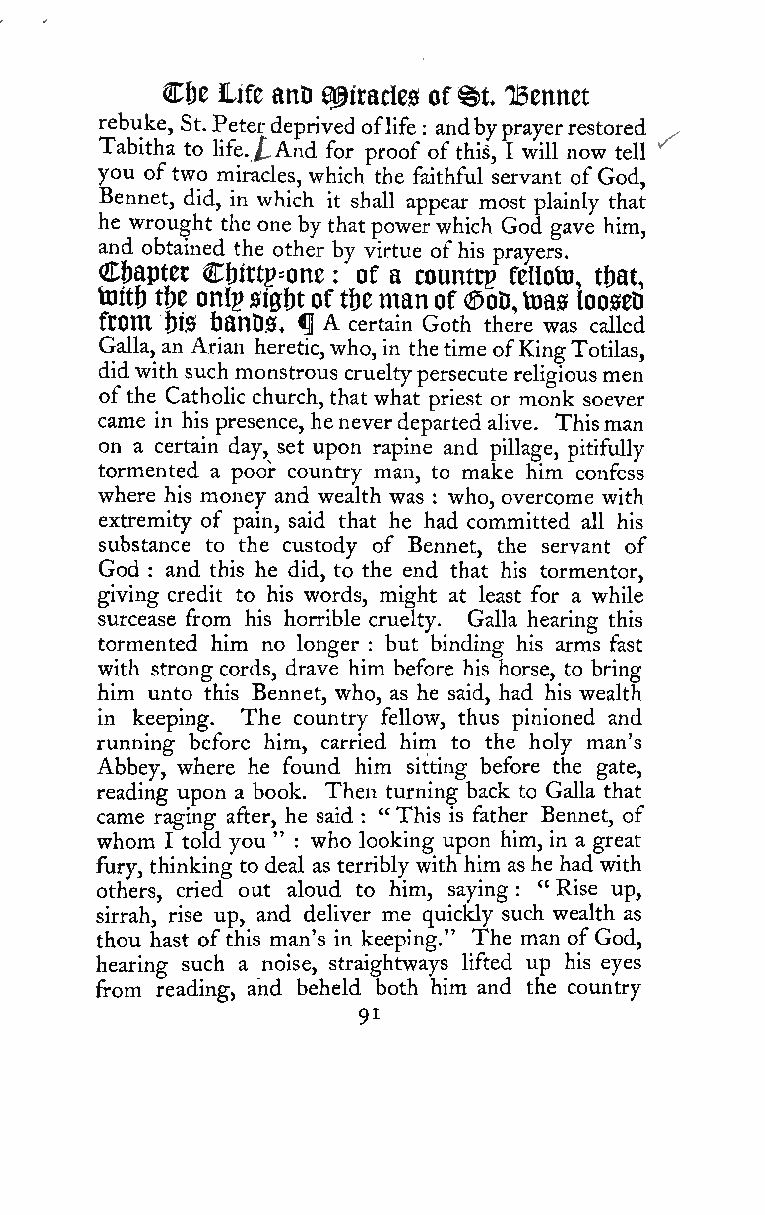
Ctje life anD agiracles of^t iBcnnet
 r Te ab bu ik te h, aS tt o. P le it fe er ./d .e Ap nr div fe od
 r
 o pf rl oi ofe f: oa fn td hib sy ,p Ira wiy le lr nre os wto tr ee ld
 l
 v^
 you oftwo miracles, which the faithful servant of God,
 Bennet, did, in which it shall appear most plainly that
 he wrought the one by thatpowerwhich God gave him,
 and obtained the other by virtue ofhis prayers.
 Cbaptet Ct)irtp=onc : of a countrp felloto, t&at,
 toitf) t&e onlp sigbt of tbe man of (DoD,teas looseQ
 ftOm Us banDS. ^ a certain Goth there was called
 Galla, an Arian heretic,who, in thetime ofKingTotilas,
 didwith such monstrous crueltypersecute religiousmen
 ofthe Catholic church, that what priest or monk soever
 came in his presence, heneverdepartedalive. Thisman
 on a certain day, set upon rapine and pillage, pitifully
 tormented a pooi: country man, to make him confess
 where his money and wealth was who, overcome with
 :
 extremity of pain, said that he had committed all his
 substance to the custody of Bennet, the servant of
 God : and this he did, to the end that his tormentor,
 giving credit to his words, might at least for a while
 surcease from his horrible cruelty. Galla hearing this
 tormented him no longer : but binding his arms fast
 with strong cords, drave him before his horse, to bring
 him unto this Bennet, who, as he said, had his wealth
 in keeping. The country fellow, thus pinioned and
 running before him, carried him to the holy man's
 Abbey, where he found him sitting before the gate,
 reading upon a book. Then turning back to Galla that
 came raging after, he said : "This is father Bennet, of
 whom I told you " : who looking upon him, in a great
 fury, thinking to deal as terribly with him ashe had with
 others, cried out aloud to him, saying " Rise up,
 :
 sirrah, rise up, and deliver me quickly such wealth as
 thou hast ofthis man's in keeping." The man ofGod,
 hearing such a noise, straightways lifted up his eyes
 from reading, and beheld both him and the country
 91